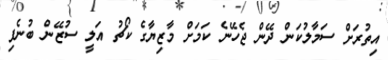
އިތުރަށް ސަމާލުކަން ދޭން ޖެހޭނެ ކަމަށް މާޒިޔާގެ ކޯޗު އަލީ ސުޒޭން ބުނެފި